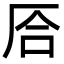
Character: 㕉